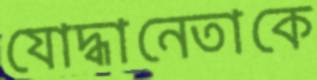
যোদ্ধানেতাকে